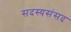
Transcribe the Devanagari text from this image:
सदस्यसंसद